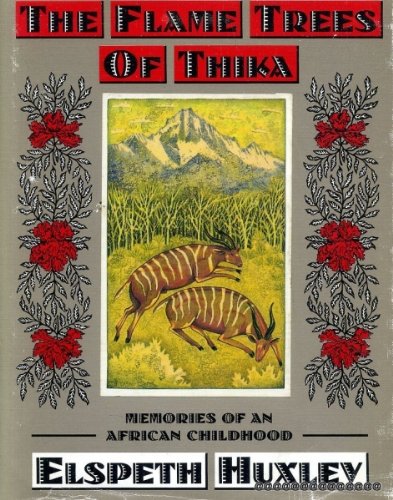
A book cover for The Flame Trees of Thika Memories of an African Childhood; ELSPETH HUXLEY; History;